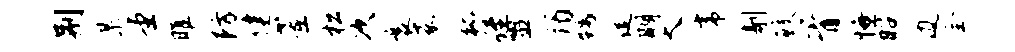
荆某堂雎防健董松次襄嘉狐侄盥谒甥促期大虎剞鲛胥慊昭边全